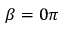
\beta = 0 \pi